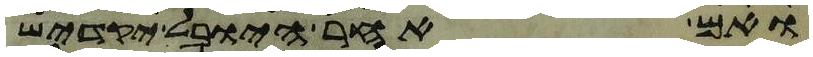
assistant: ואם אחר היובל יקדיש